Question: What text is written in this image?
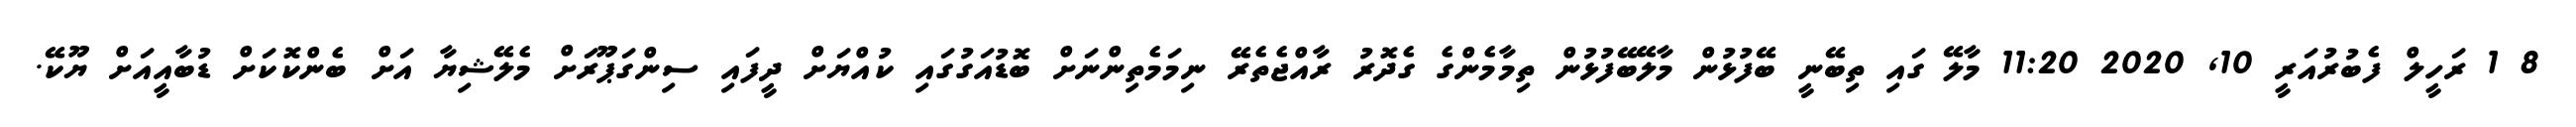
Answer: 8 1 ރަހީލް ފެބުރުއަރީ 10, 2020 11:20 މާލޭ ގައި ތިބޭނީ ބޭފުޅުން މާލޭބޭފުޅުން ތިމާމެންގެ ގެދޮރު ރާއްޖެތެރޭ ނިމަމެތިންނަށް ބޮޑުއަގުގައި ކުއްޔަށް ދީފައި ސިންގަޕޫރަށް މެލޭޝިޔާ އަށް ބެންކޮކަށް ޑުބާއީއަށް ޔޫކޭ.